Report of the Indian Hemp Drugs Commission, 1894-1895 - Volume VII
Year: 1894
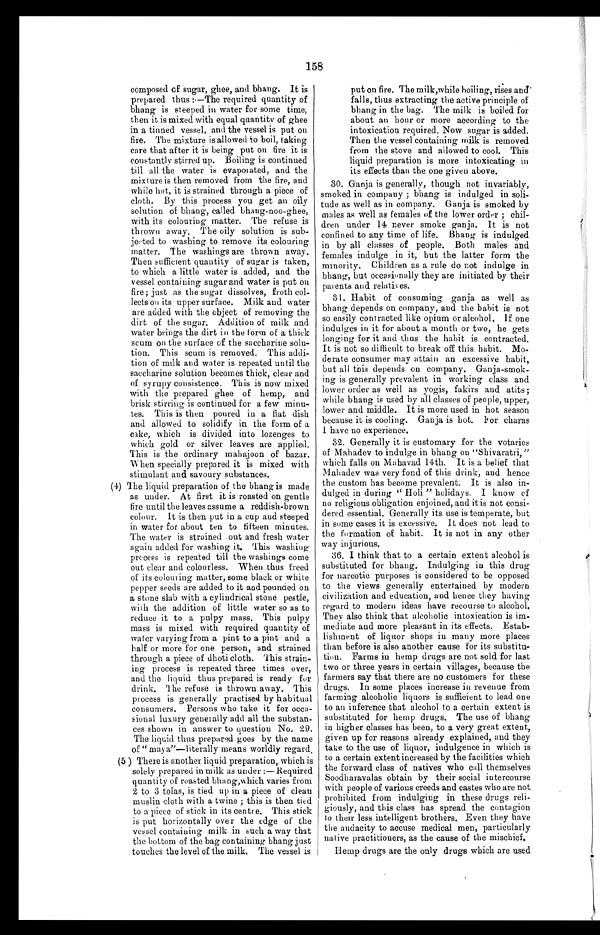
158
composed of sugar, ghee, and bhang. It is
prepared thus :—The required quantity of
bhang is steeped in water for some time,
then it is mixed with equal quantity of ghee
in a tinned vessel, and the vessel is put on
fire. The mixture is allowed to boil, taking
care that after it is being put on fire it is
constantly stirred up. Boiling is continued
till all the water is evaporated, and the
mixture is then removed from the fire, and
while hot, it is strained through a piece of
cloth. By this process you get an oily
solution of bhang, called bhang-noo-ghee,
with its colouring matter. The refuse is
thrown away. The oily solution is sub-
j e c t e d t o w a s h i n g t o r e m o v e i t s c o l o u r i n g
matter. The washings are thrown away.
Then sufficient quantity of sugar is taken,
to which a little water is added, and the
vessel containing sugar and water is put on
fire; just as the sugar dissolves, froth col-
lects on its upper surface. Milk and water
are added with the object of removing the
dirt of the sugar. Addition of milk and
water brings the dirt in the form of a thick
scum on the surface of the saccharine solu-
tion. This scum is removed. This addi-
tion of milk and water is repeated until the
saccharine solution becomes thick, clear and
of syrupy consistence. This is now mixed
with the prepared ghee of hemp, and
brisk stirring is continued for a few minu-
tes. This is then poured in a flat dish
and allowed to solidify in the form of a
cake, which is divided into lozenges to
which gold or silver leaves are applied.
This is the ordinary mahajoon of bazar.
When specially prepared it is mixed with
stimulant and savoury substances.
(4) The liquid preparation of the bhang is made
as under. At first it is roasted on gentle
fire until the leaves assume a reddish-brown
c o l o u r . I t i s t h e n p u t i n a c u p a n d s t e e p e d
in water for about ten to fifteen minutes.
The water is strained out and fresh water
again added for washing it. This washing
process is repeated till the washings come
out clear and colourless. When thus freed
of its colouring matter, some black or white
pepper seeds are added to it and pounded on
a stone slab with a cylindrical stone pestle,
with the addition of little water so as to
reduce it to a pulpy mass. This pulpy
mass is mixed with required quantity of
water varying from a pint to a pint and a
half or more for one person, and strained
through a piece of dhoti cloth. This strain-
ing process is repeated three times over,
and the liquid thus prepared is ready for
d r i n k . T h e r e f u s e i s t h r o w n a w a y . T h i s
process is generally practised by habitual
consumers. Persons who take it for occa-
sional luxury generally add all the substan-
ces shown in answer to question No. 29.
The liquid thus prepared goes by the name
of " may a"—literally means worldly regard.
(5) There is another liquid preparation, which is
solely prepared in milk as under:— Required
quantity of roasted bhang, which varies from
2 to 3 tolas, is tied up in a piece of clean
muslin cloth with a twine ; this is then tied
to a piece of stick in its centre. This stick
is put horizontally over the edge of the
vessel containing milk in such a way that
the bottom of the bag containing bhang just
touches the level of the milk. The vessel is
put on fire. The milk, while boiling, rises and
falls, thus extracting the active principle of
bhang in the bag. The milk is boiled for
about an hour or more according to the
intoxication required. Now sugar is added.
Then the vessel containing milk is removed
from the stove and allowed to cool. This
liquid preparation is more intoxicating in
its effects than the one given above.
30. Ganja is generally, though not invariably,
smoked in company ; bhang is indulged in soli-
tude as well as in company. Ganja is smoked by
males as well as females of the lower order ; chil-
dren under 14 never smoke ganja. It is not
confined to any time of life. Bhang is indulged
in by all classes of people. Both males and
females indulge in it, but the latter form the
minority. Children as a rule do not indulge in
bhang, but occasionally they are initiated by their
parents and relatives.
31. Habit of consuming ganja as well as
bhang depends on company, and the habit is not
so easily contracted like opium or alcohol. If one
indulges in it for about a month or two, he gets
longing for it and thus the habit is contracted.
It is not so difficult to break off this habit. Mo-
derate consumer may attain an excessive habit,
but all this depends on company. Ganja-smok-
ing is generally prevalent in working class and
lower order as well as yogis, fakirs and atits;
while bhang is used by all classes of people, upper,
lower and middle. It is more used in hot season
because it is cooling. Ganja is hot. For charas
I have no experience.
32. Generally it is customary for the votaries
of Mahadev to indulge in bhang on "Shivaratri,"
which falls on Mahavad 14th. It is a belief that
Mahadev was very fond of this drink, and hence
the custom has become prevalent. It is also in-
dulged in during " Holi " holidays. I know of
no religious obligation enjoined, and it is not consi-
dered essential. Generally its use is temperate, but
in some cases it is excessive. It does not lead to
the formation of habit. It is not in any other
way injurious.
36. I think that to a certain extent alcohol is
substituted for bhang. Indulging in this drug
for narcotic purposes is considered to be opposed
to the views generally entertained by modern
civilization and education, and hence they having
regard to modern ideas have recourse to alcohol.
They also think that alcoholic intoxication is im-
mediate and more pleasant in its effects. Estab-
lishment of liquor shops in many more places
than before is also another cause for its substitu-
tion. Farms in hemp drugs are not sold for last
two or three years in certain villages, because the
farmers say that there are no customers for these
drugs. In some places increase in revenue from
farming alcoholic liquors is sufficient to lead one
to an inference that alcohol to a certain extent is
substituted for hemp drugs. The use of bhang
in higher classes has been, to a very great extent,
given up for reasons already explained, and they
take to the use of liquor, indulgence in which is
to a certain extent increased by the facilities which
the forward class of natives who call themselves
Soodharavalas obtain by their social intercourse
with people of various creeds and castes who are not
prohibited from indulging in these drugs reli-
giously, and this class has spread the contagion
to their less intelligent brothers. Even they have
the audacity to accuse medical men, particularly
native practitioners, as the cause of the mischief.
Hemp drugs are the only drugs which are used